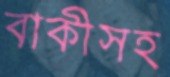
বাকীসহ